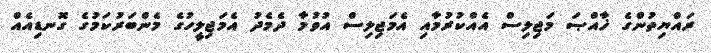
ރައްޔިތުންގެ ޚާއްޞަ މަޖިލިސް އެއްކުރުމާއި އެމަޖިލިސް އުވުމާ ދެމެދު އެމަޖިލީހުގެ މެންބަރުކަމުގެ ގޮނޑިއެއް